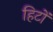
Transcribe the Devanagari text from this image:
हिटों